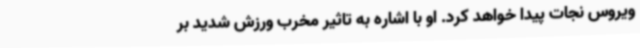
ویروس نجات پیدا خواهد کرد. او با اشاره به تاثیر مخرب ورزش شدید بر